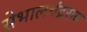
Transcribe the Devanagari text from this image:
सेभालचंद्रराव